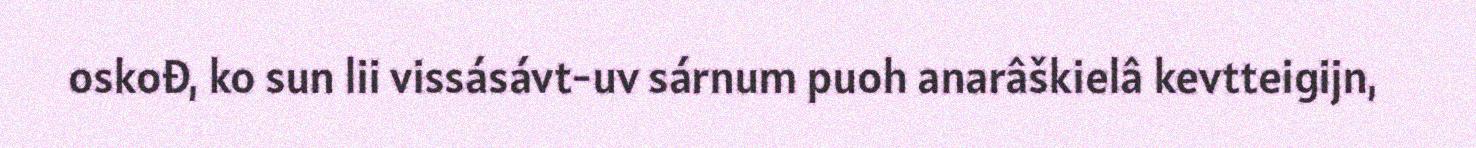
oskođ, ko sun lii vissásávt-uv sárnum puoh anarâškielâ kevtteigijn,